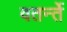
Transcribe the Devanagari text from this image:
वतर्न्ते